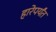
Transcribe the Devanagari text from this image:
हारेपर्यंत